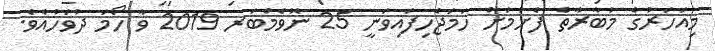
މިއަހަރުގެ މުބާރާތް ފެށުމަށް ހަމަޖެހިފައިވަނީ 25 ނޮވެމްބަރ 2019 ވާ ހޯމަ ދުވަހުއެވެ.